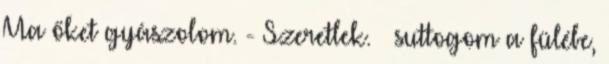
Ma őket gyászolom. - Szeretlek. – suttogom a fülébe,